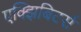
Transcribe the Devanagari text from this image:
एक्झिबिटर्स